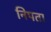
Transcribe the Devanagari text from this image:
निपता